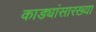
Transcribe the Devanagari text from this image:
काड्यांसारख्या